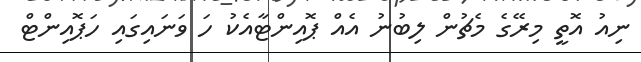
ނިއު އޮތީ މިރޭގެ މެޗުން ލިބުނު އެއް ޕޮއިންޓާއެކު ހަ ވަނައިގައި ހަޕޮއިންޓް